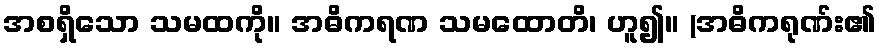
အစရှိသော သမထကို။ အဓိကရဏ သမထောတိ၊ ဟူ၍။ (အဓိကရုဏ်း၏